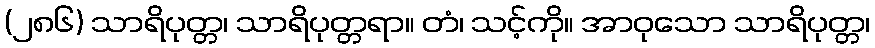
(၂၈၆) သာရိပုတ္တ၊ သာရိပုတ္တရာ။ တံ၊ သင့်ကို။ အာဝုသော သာရိပုတ္တ၊